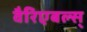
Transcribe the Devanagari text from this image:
वैरिएबल्स्